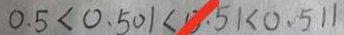
0 . 5 < 0 . 5 0 1 < 0 . 5 1 < 0 . 5 1 1